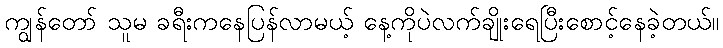
ကျွန်တော် သူမ ခရီးကနေပြန်လာမယ့် နေ့ကိုပဲလက်ချိုးရေပြီးစောင့်နေခဲ့တယ်။